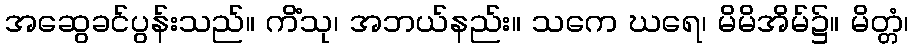
အဆွေခင်ပွန်းသည်။ ကိံသု၊ အဘယ်နည်း။ သကေ ဃရေ၊ မိမိအိမ်၌။ မိတ္တံ၊